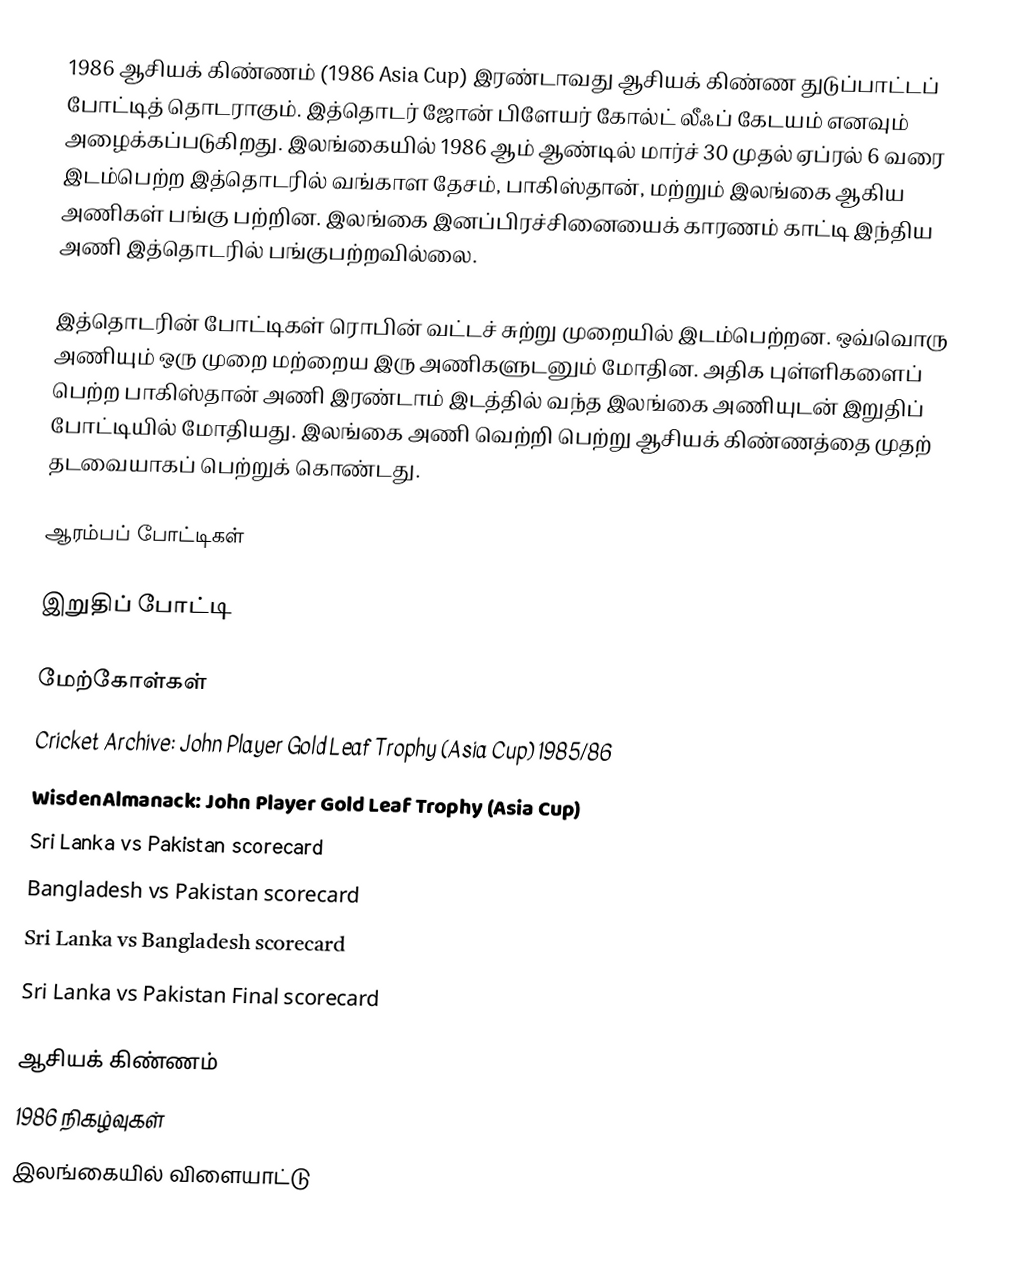
1986 ஆசியக் கிண்ணம் (1986 Asia Cup) இரண்டாவது ஆசியக் கிண்ண துடுப்பாட்டப் போட்டித் தொடராகும். இத்தொடர் ஜோன் பிளேயர் கோல்ட் லீஃப் கேடயம் எனவும் அழைக்கப்படுகிறது. இலங்கையில் 1986 ஆம்  ஆண்டில் மார்ச் 30 முதல் ஏப்ரல் 6 வரை இடம்பெற்ற இத்தொடரில் வங்காள தேசம், பாகிஸ்தான், மற்றும் இலங்கை ஆகிய அணிகள் பங்கு பற்றின. இலங்கை இனப்பிரச்சினையைக் காரணம் காட்டி இந்திய அணி இத்தொடரில் பங்குபற்றவில்லை.

இத்தொடரின் போட்டிகள் ரொபின் வட்டச் சுற்று முறையில் இடம்பெற்றன. ஒவ்வொரு அணியும் ஒரு முறை மற்றைய இரு அணிகளுடனும் மோதின. அதிக புள்ளிகளைப் பெற்ற பாகிஸ்தான் அணி இரண்டாம் இடத்தில் வந்த இலங்கை அணியுடன் இறுதிப் போட்டியில் மோதியது. இலங்கை அணி வெற்றி பெற்று ஆசியக் கிண்ணத்தை முதற் தடவையாகப் பெற்றுக் கொண்டது.

ஆரம்பப் போட்டிகள்

இறுதிப் போட்டி

மேற்கோள்கள்
 Cricket Archive: John Player Gold Leaf Trophy (Asia Cup) 1985/86
 WisdenAlmanack: John Player Gold Leaf Trophy (Asia Cup)
 Sri Lanka vs Pakistan scorecard
 Bangladesh vs Pakistan scorecard
 Sri Lanka vs Bangladesh scorecard
 Sri Lanka vs Pakistan Final scorecard

ஆசியக் கிண்ணம்
1986 நிகழ்வுகள்
இலங்கையில் விளையாட்டு